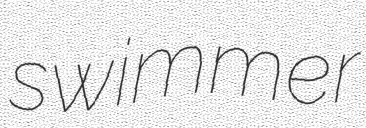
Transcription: swimmer